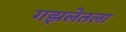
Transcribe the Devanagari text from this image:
गझलेतला